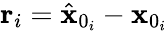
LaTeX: \mathbf{r}_{i}=\hat{\mathbf{x}}_{0_{i}}-\mathbf{x}_{0_{i}}